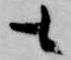
も